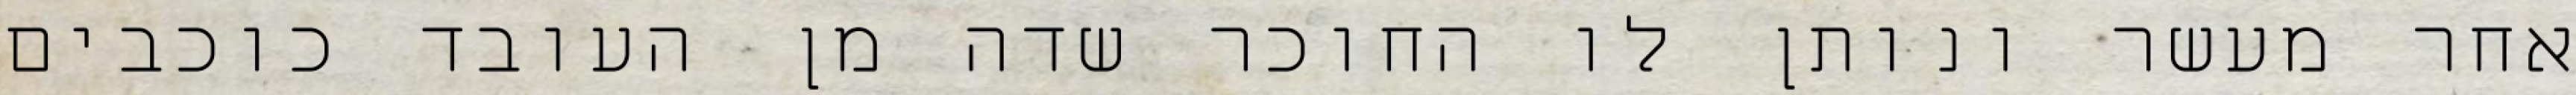
אחר מעשר ונותן לו החוכר שדה מן העובד כוכבים